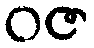
ဝဇ